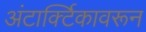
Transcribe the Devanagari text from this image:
अंटार्क्टिकावरून